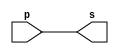
// ------------------------- 
// Exemplo0001 - buffer 
// Nome: Daniel Telles McGinnis 
// ------------------------- 
// Observaes da sada:
// A sada indica que o que entra pelo buffer sai igual.
// ------------------------- 
// -- buffer 
// ------------------------- 
module buffer (output s, input p); 
	assign s = p; // criar vinculo permanente 
					  // (dependencia) 
endmodule // buffer 
// ------------------------- 
// -- test buffer 
// ------------------------- 
module testbuffer; 
	// ------------------------- dados locais 
	reg a;  // definir registrador 
	        // (variavel independente) 
	wire s; // definir conexao (fio) 
	        // (variavel dependente ) 
	// ------------------------- instancia 
	buffer BF1 (s, a); 
	// ------------------------- preparacao 
	initial begin:start 
		a=0; 
	end 
	// ------------------------- parte principal 
	initial begin:main 
		// execucao unitaria 
		$display("Exemplo 0001 - Daniel Telles McGinnis - 435042"); 
		$display("Test buffer:"); 
		$display("\t\t time\ta = s"); 
		// execucao permanente 
		$monitor("%d\t%b = %b", $time, a, s); 
		// apos uma unidade de tempo 
		// mudar valor do registrador para 1 
		#1 a=1; 
		// apos duas unidades de tempo 
		// mudar valor do registrador para 0 
		#2 a=0; 
	end 
endmodule // testbuffer